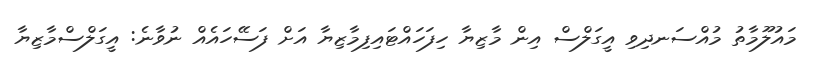
މައުލޫމާތު މުއްސަނދިވި އީގަލްސް އިން މާޒިޔާ ހިފަހައްޓައިފިމާޒިޔާ އަށް ފަސޭހައެއް ނުވާނެ: އީގަލްސްމާޒިޔާ